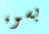
بسوء